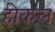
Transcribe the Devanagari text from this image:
होकल